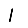
Digit: 1